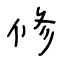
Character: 修